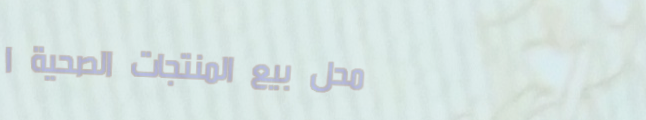
محل بيع المنتجات الصحية ا